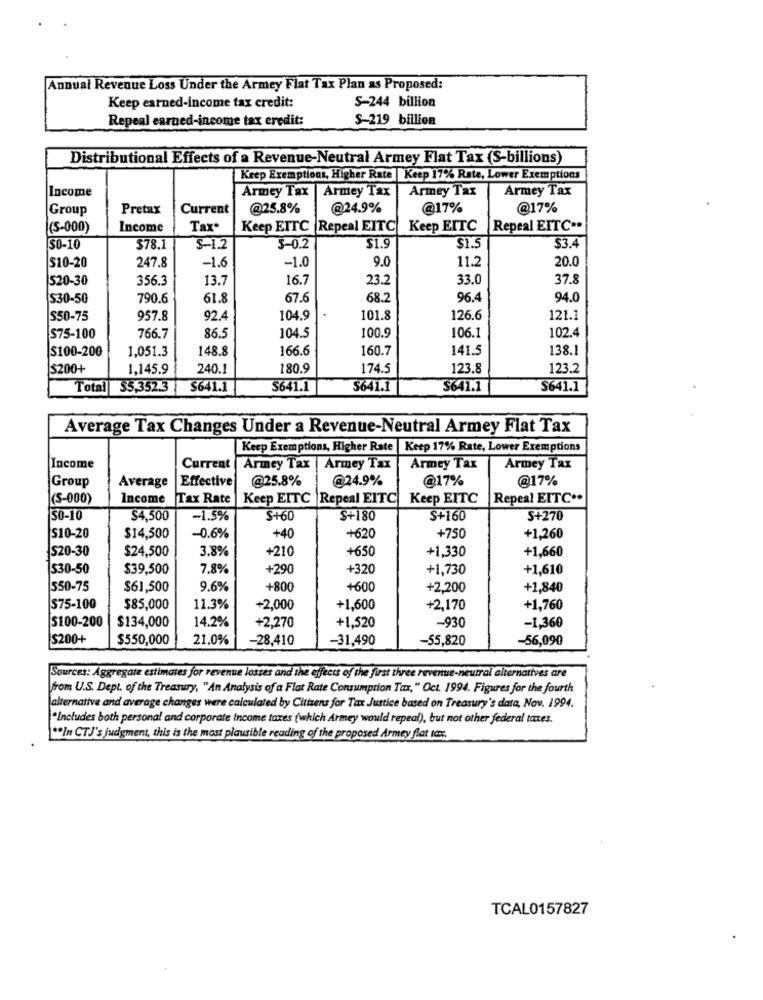
Annual Revenue Loss Under the Armey Flat Tax Plan as Proposed:
S-244 billion
Keep earned-income tax credit:
Repeal earned-income tax credit:
S-219 billion
Distributional Effects of a Revenue-Neutral Armey Flat Tax (S-billions)
Keep Exemptions, Higher Rate | Keep 17% Rate, Lower Exemptions
Income
Armey Tax | Armey Tax
Armey Tax
Armey Tax
Group
Pretax
Current
@25.8%
@24.9%
@17%
@17%
(S-000)
Income
Tax*
Keep EITC |Repeal EITC
Keep EITC
Repeal EITC **
50-10
$78.1
S-1.2
5-0.2
$1.9
$3.4
20.0
S10-20
247.8
-1.6
-1.0
9.0
11.2
520-30
356.3
13.7
16.7
23.2
33.0
37.8
S30-50
790.6
61.8
67.6
68.2
96.4
94.0
S50-75
957.8
92.4
104.9
101.8
126.6
121.1
104.5
$75-100
766.7
86.5
100.9
106.1
102.4
$100-200
1,051.3
148.8
166.6
160.7
141.5
138.1
$200+
1,145.9
240.1
180.9
174.5
123.8
123.2
Total $5,352.3
$641.1
$641.1
S641.1
S641.1
S641.1
Average Tax Changes Under a Revenue-Neutral Armey Flat Tax
Keep Exemptions, Higher Rate | Keep 17% Rate, Lower Exemptions
Income
Current
Armey Tax | Armey Tax
Armey Tax
Armey Tax
Group
Effective
@25.8%
@24.9%
@17%
@17%
Average
(S-000)
Income
Tax Rate
Keep EITC |Repeal EITC Keep EITC
Repeal EITC **
50-10
$4,500
-1.5%
$+60
S+180
S+160
S+270
S10-20
$14,500
-0.6%
+40
+620
+750
+1,260
$20-30
$24,500
3.8%
+210
+650
+1,330
+1,660
530-50
$39,500
7.8%
+290
+320
+1,730
+1,610
550-75
$61,500
9.6%
+800
+600
+2,200
+1,840
S75-100
$85,000
11.3%
+2,000
+1,600
+2,170
+1,760
$100-200
$134,000
14.2%
+2,270
+1,520
-930
-1,360
$200+
$550,000
21.0%
-28,410
-31,490
-55,820
-56,090
Sources: Aggregate estimates for revenue losses and the effects of the first three revenue-neutral alternatives are
from U.S. Dept. of the Treasury, "An Analysis of a Flat Rate Consumption Tax, " Oct. 1994. Figures for the fourth
alternative and average changes were calculated by Citizens for Tax Justice based on Treasury's data, Nov. 1994.
"Includes both personal and corporate Income taxes (which Armey would repeal), but not other federal taxes.
** In CTJ's judgment, this is the most plausible reading of the proposed Armey flat ton :,
TCAL0157827